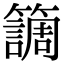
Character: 𥶏